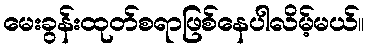
မေးခွန်းထုတ်စရာဖြစ်နေပါလိမ့်မယ်။